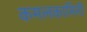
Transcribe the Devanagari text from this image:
कमलकामिनी